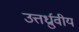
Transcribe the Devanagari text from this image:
उत्तर्ध्राुवीय